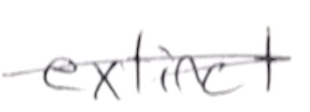
Text: extinct
Cross-out: diagonal
Writing tool: pencil